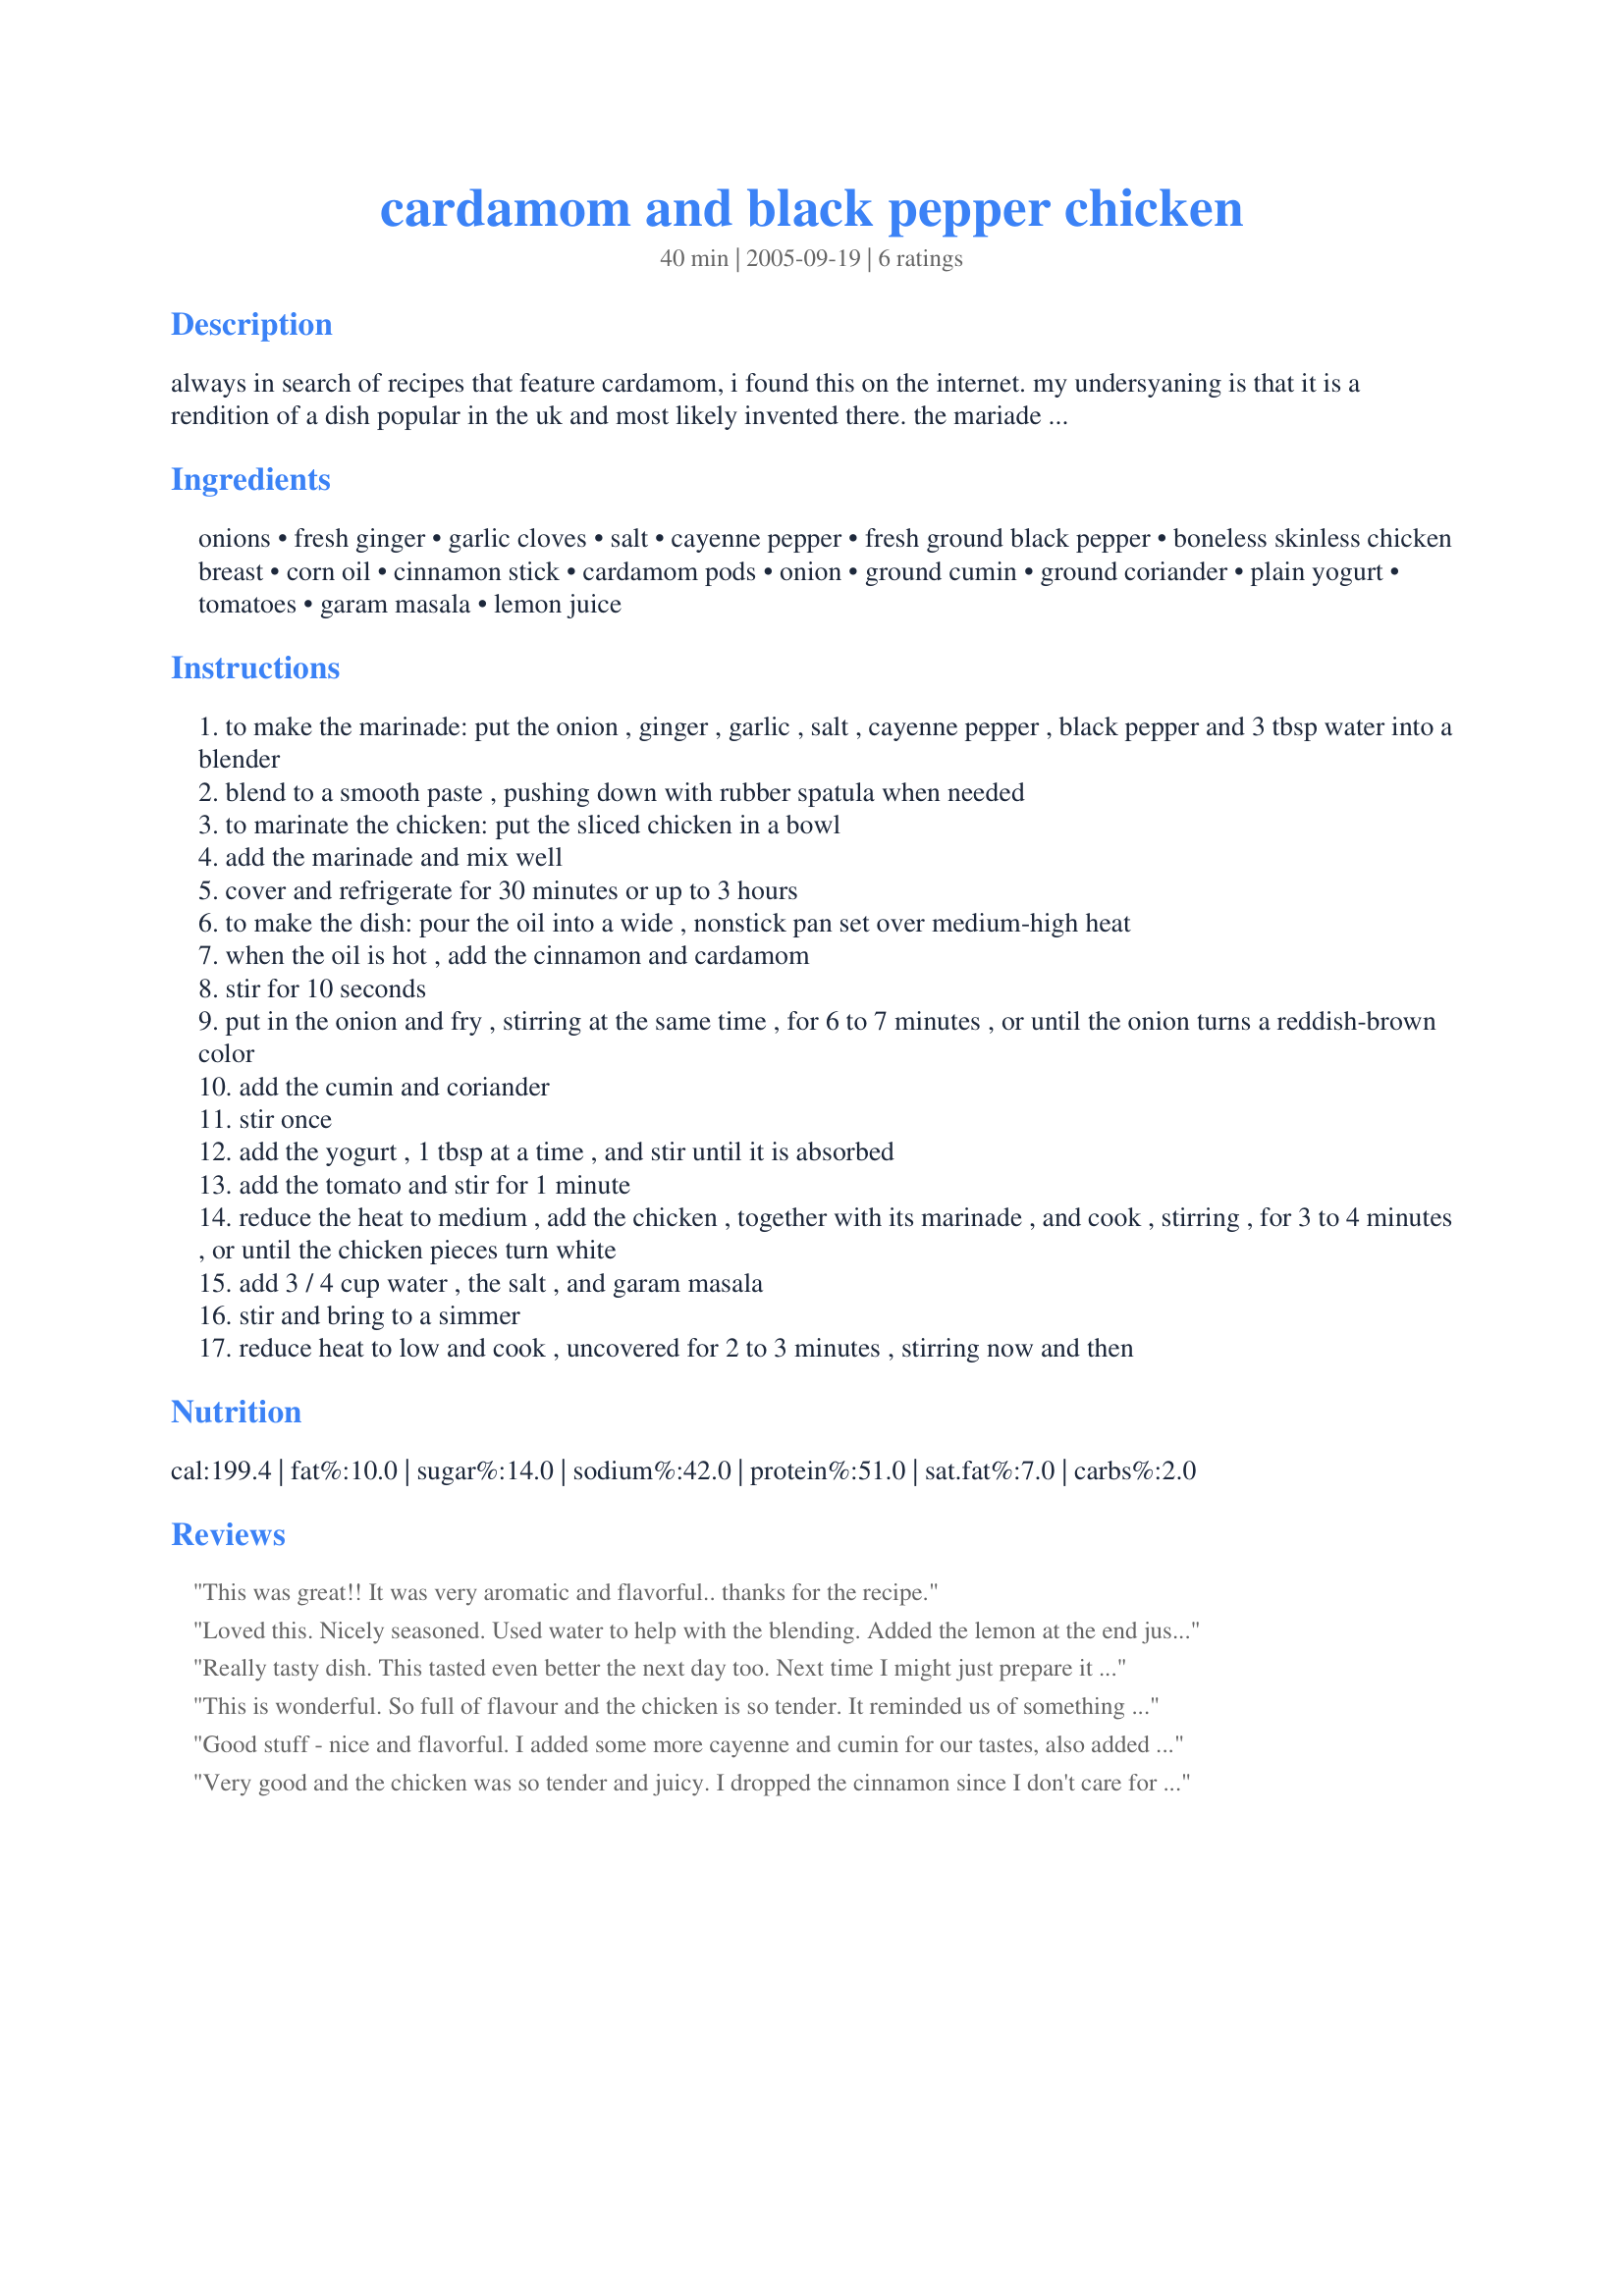
cardamom and black pepper chicken
Preparation time: 40 minutes

always in search of recipes that feature cardamom, i found this on the internet. my undersyaning is that it is a rendition of a dish popular in the uk and most likely invented there. the mariade is similar to a tandoori paste but with a creamy aromatic welll seasoned with cardamom, cinnamon and other spices. i have not tried it yet but wanted it here fore safekeeping and decided to share it as well.

Ingredients:
onions, fresh ginger, garlic cloves, salt, cayenne pepper, fresh ground black pepper, boneless skinless chicken breast, corn oil, cinnamon stick, cardamom pods, onion, ground cumin, ground coriander, plain yogurt, tomatoes, garam masala, lemon juice

Steps:
to make the marinade: put the onion , ginger , garlic , salt , cayenne pepper , black pepper and 3 tbsp water into a blender
blend to a smooth paste , pushing down with rubber spatula when needed
to marinate the chicken: put the sliced chicken in a bowl
add the marinade and mix well
cover and refrigerate for 30 minutes or up to 3 hours
to make the dish: pour the oil into a wide , nonstick pan set over medium-high heat
when the oil is hot , add the cinnamon and cardamom
stir for 10 seconds
put in the onion and fry , stirring at the same time , for 6 to 7 minutes , or until the onion turns a reddish-brown color
add the cumin and coriander
stir once
add the yogurt , 1 tbsp at a time , and stir until it is absorbed
add the tomato and stir for 1 minute
reduce the heat to medium , add the chicken , together with its marinade , and cook , stirring , for 3 to 4 minutes , or until the chicken pieces turn white
add 3 / 4 cup water , the salt , and garam masala
stir and bring to a simmer
reduce heat to low and cook , uncovered for 2 to 3 minutes , stirring now and then

Reviews:
This was great!! It was very aromatic and flavorful.. thanks for the recipe.
Loved this. Nicely seasoned. Used water to help with the blending. Added the lemon at the end just before serving! Thanks for postong this yummy recipe.
Really tasty dish. This tasted even better the next day too. Next time I might just prepare it a day in advance. Thanks for sharing!
This is wonderful. So full of flavour and the chicken is so tender. It reminded us of something we ate in Bali but in Bali we would have eaten this with seafood (probably prawns) and not chicken. I marinated the chicken for 1/2 a day making it up in the morning and leaving it in the fridge until I got home that night. Once the marinade is made up, it really is a quick and easy recipe to cook. I used canned diced tomatoes instead of grated. In my opinion the lemon juice is essential so don't forget it. We served over white rice. Thank you Toni, this one goes into my favourites cookbook.
Good stuff - nice and flavorful. I added some more cayenne and cumin for our tastes, also added some spinach for color (peas would have been good too). I had about 1 1/2 extra tablespoons of yogurt in the container, so I threw that in as well. Thanks for posting!
Very good and the chicken was so tender and juicy. I dropped the cinnamon since I don't care for it. And I used Garam Masala II Recipe #6588 since I couldn't find my own recipe. Zaar World Tour 05
